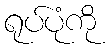
ရုပ်ပုံကို